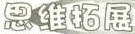
思维拓展